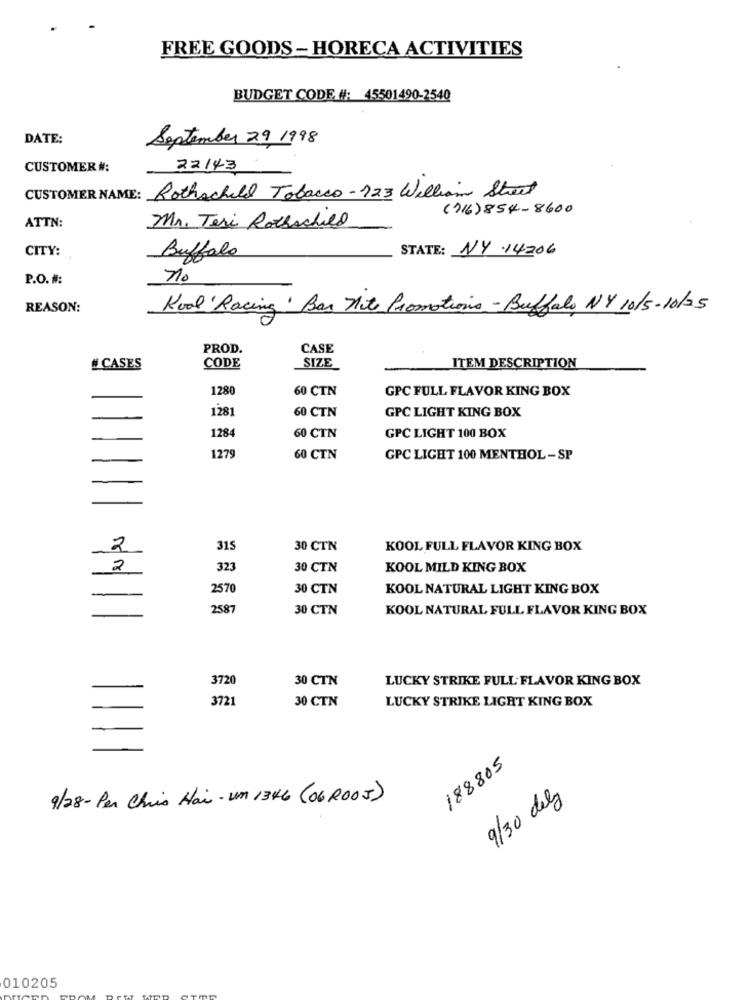
FREE GOODS- HORECA ACTIVITIES
BUDGET CODE #: 45501490-2540
DATE:
September 29 1998
CUSTOMER #:
22143
CUSTOMER NAME: Rothschild Tobacco-123 William Street
(716)854-8600
Mr. Teri Rothschild
ATTN:
CITY:
STATE: NY 14206
Buffalo
P.O. #:
no
REASON:
Kool Racing Ban nite Promotions- Buffalo NY 10/5-10/25
PROD.
CASE
# CASES
CODE
SIZE
ITEM DESCRIPTION
1280
60 CTN
GPC FULL FLAVOR KING BOX
1281
60 CTN
GPC LIGHT KING BOX
1284
60 CTN
GPC LIGHT 100 BOX
1279
60 CTN
GPC LIGHT 100 MENTHOL - SP
2
315
30 CTN
KOOL FULL FLAVOR KING BOX
2
323
30 CTN
KOOL MILD KING BOX
2570
30 CTN
KOOL NATURAL LIGHT KING BOX
-
2587
30 CTN
KOOL NATURAL FULL FLAVOR KING BOX
3720
30 CTN
LUCKY STRIKE FULL FLAVOR KING BOX
3721
30 CTN
LUCKY STRIKE LIGHT KING BOX
188805
9/28- Per Chris Hai- un 1346 (06 ROOJ)
9/30 dely
010205